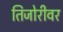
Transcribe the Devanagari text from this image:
तिजोरीवर